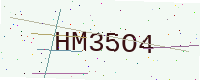
Text: HM35O4